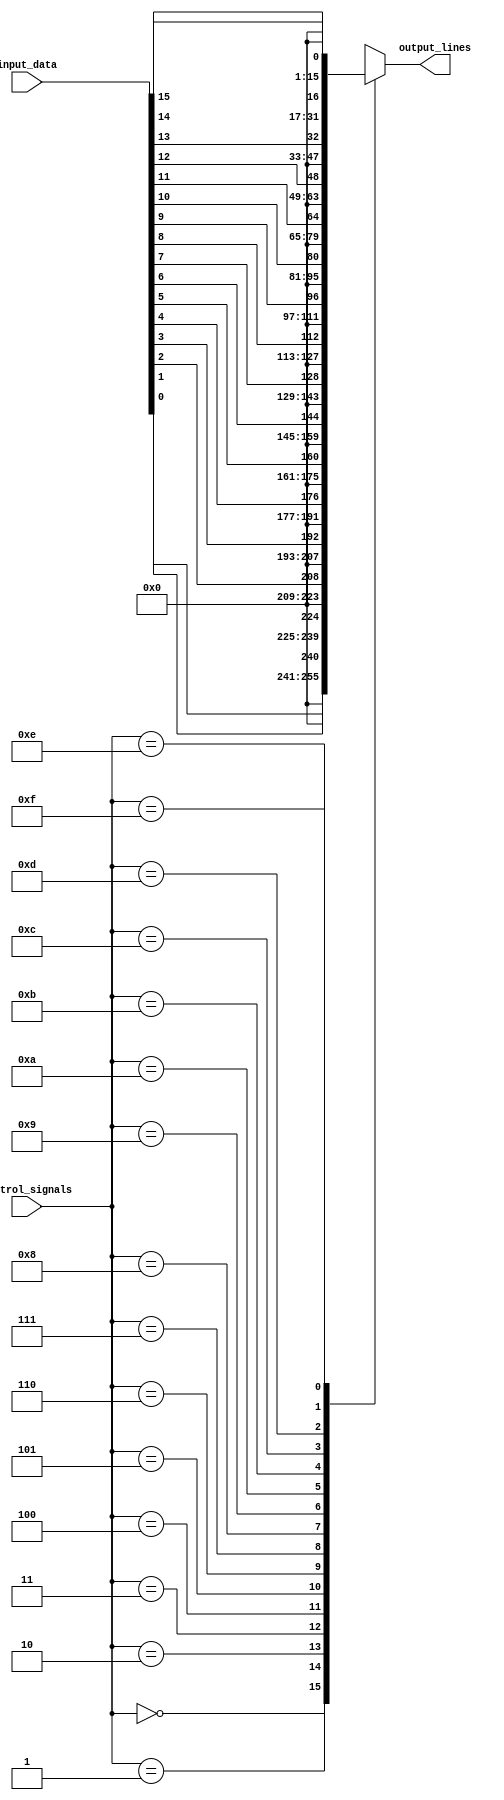
module demux_4to16 (
    input [3:0] control_signals,
    input [15:0] input_data,
    output reg [15:0] output_lines
);

always @(*) begin
    case (control_signals)
        4'b0000: output_lines = input_data[0];
        4'b0001: output_lines = input_data[1];
        4'b0010: output_lines = input_data[2];
        4'b0011: output_lines = input_data[3];
        4'b0100: output_lines = input_data[4];
        4'b0101: output_lines = input_data[5];
        4'b0110: output_lines = input_data[6];
        4'b0111: output_lines = input_data[7];
        4'b1000: output_lines = input_data[8];
        4'b1001: output_lines = input_data[9];
        4'b1010: output_lines = input_data[10];
        4'b1011: output_lines = input_data[11];
        4'b1100: output_lines = input_data[12];
        4'b1101: output_lines = input_data[13];
        4'b1110: output_lines = input_data[14];
        4'b1111: output_lines = input_data[15];
        default: output_lines = 16'b0;
    endcase
end

endmodule